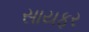
સાયફર